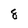
Character: 8